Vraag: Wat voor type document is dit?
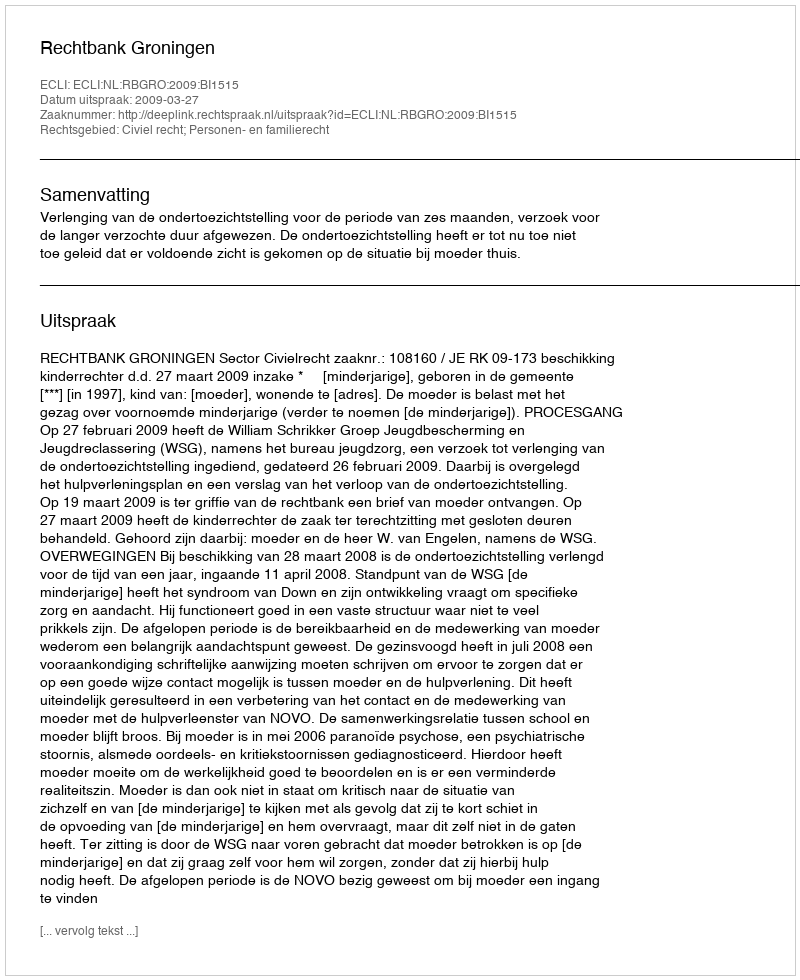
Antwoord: Uitspraak